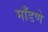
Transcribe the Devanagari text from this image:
माँडणे